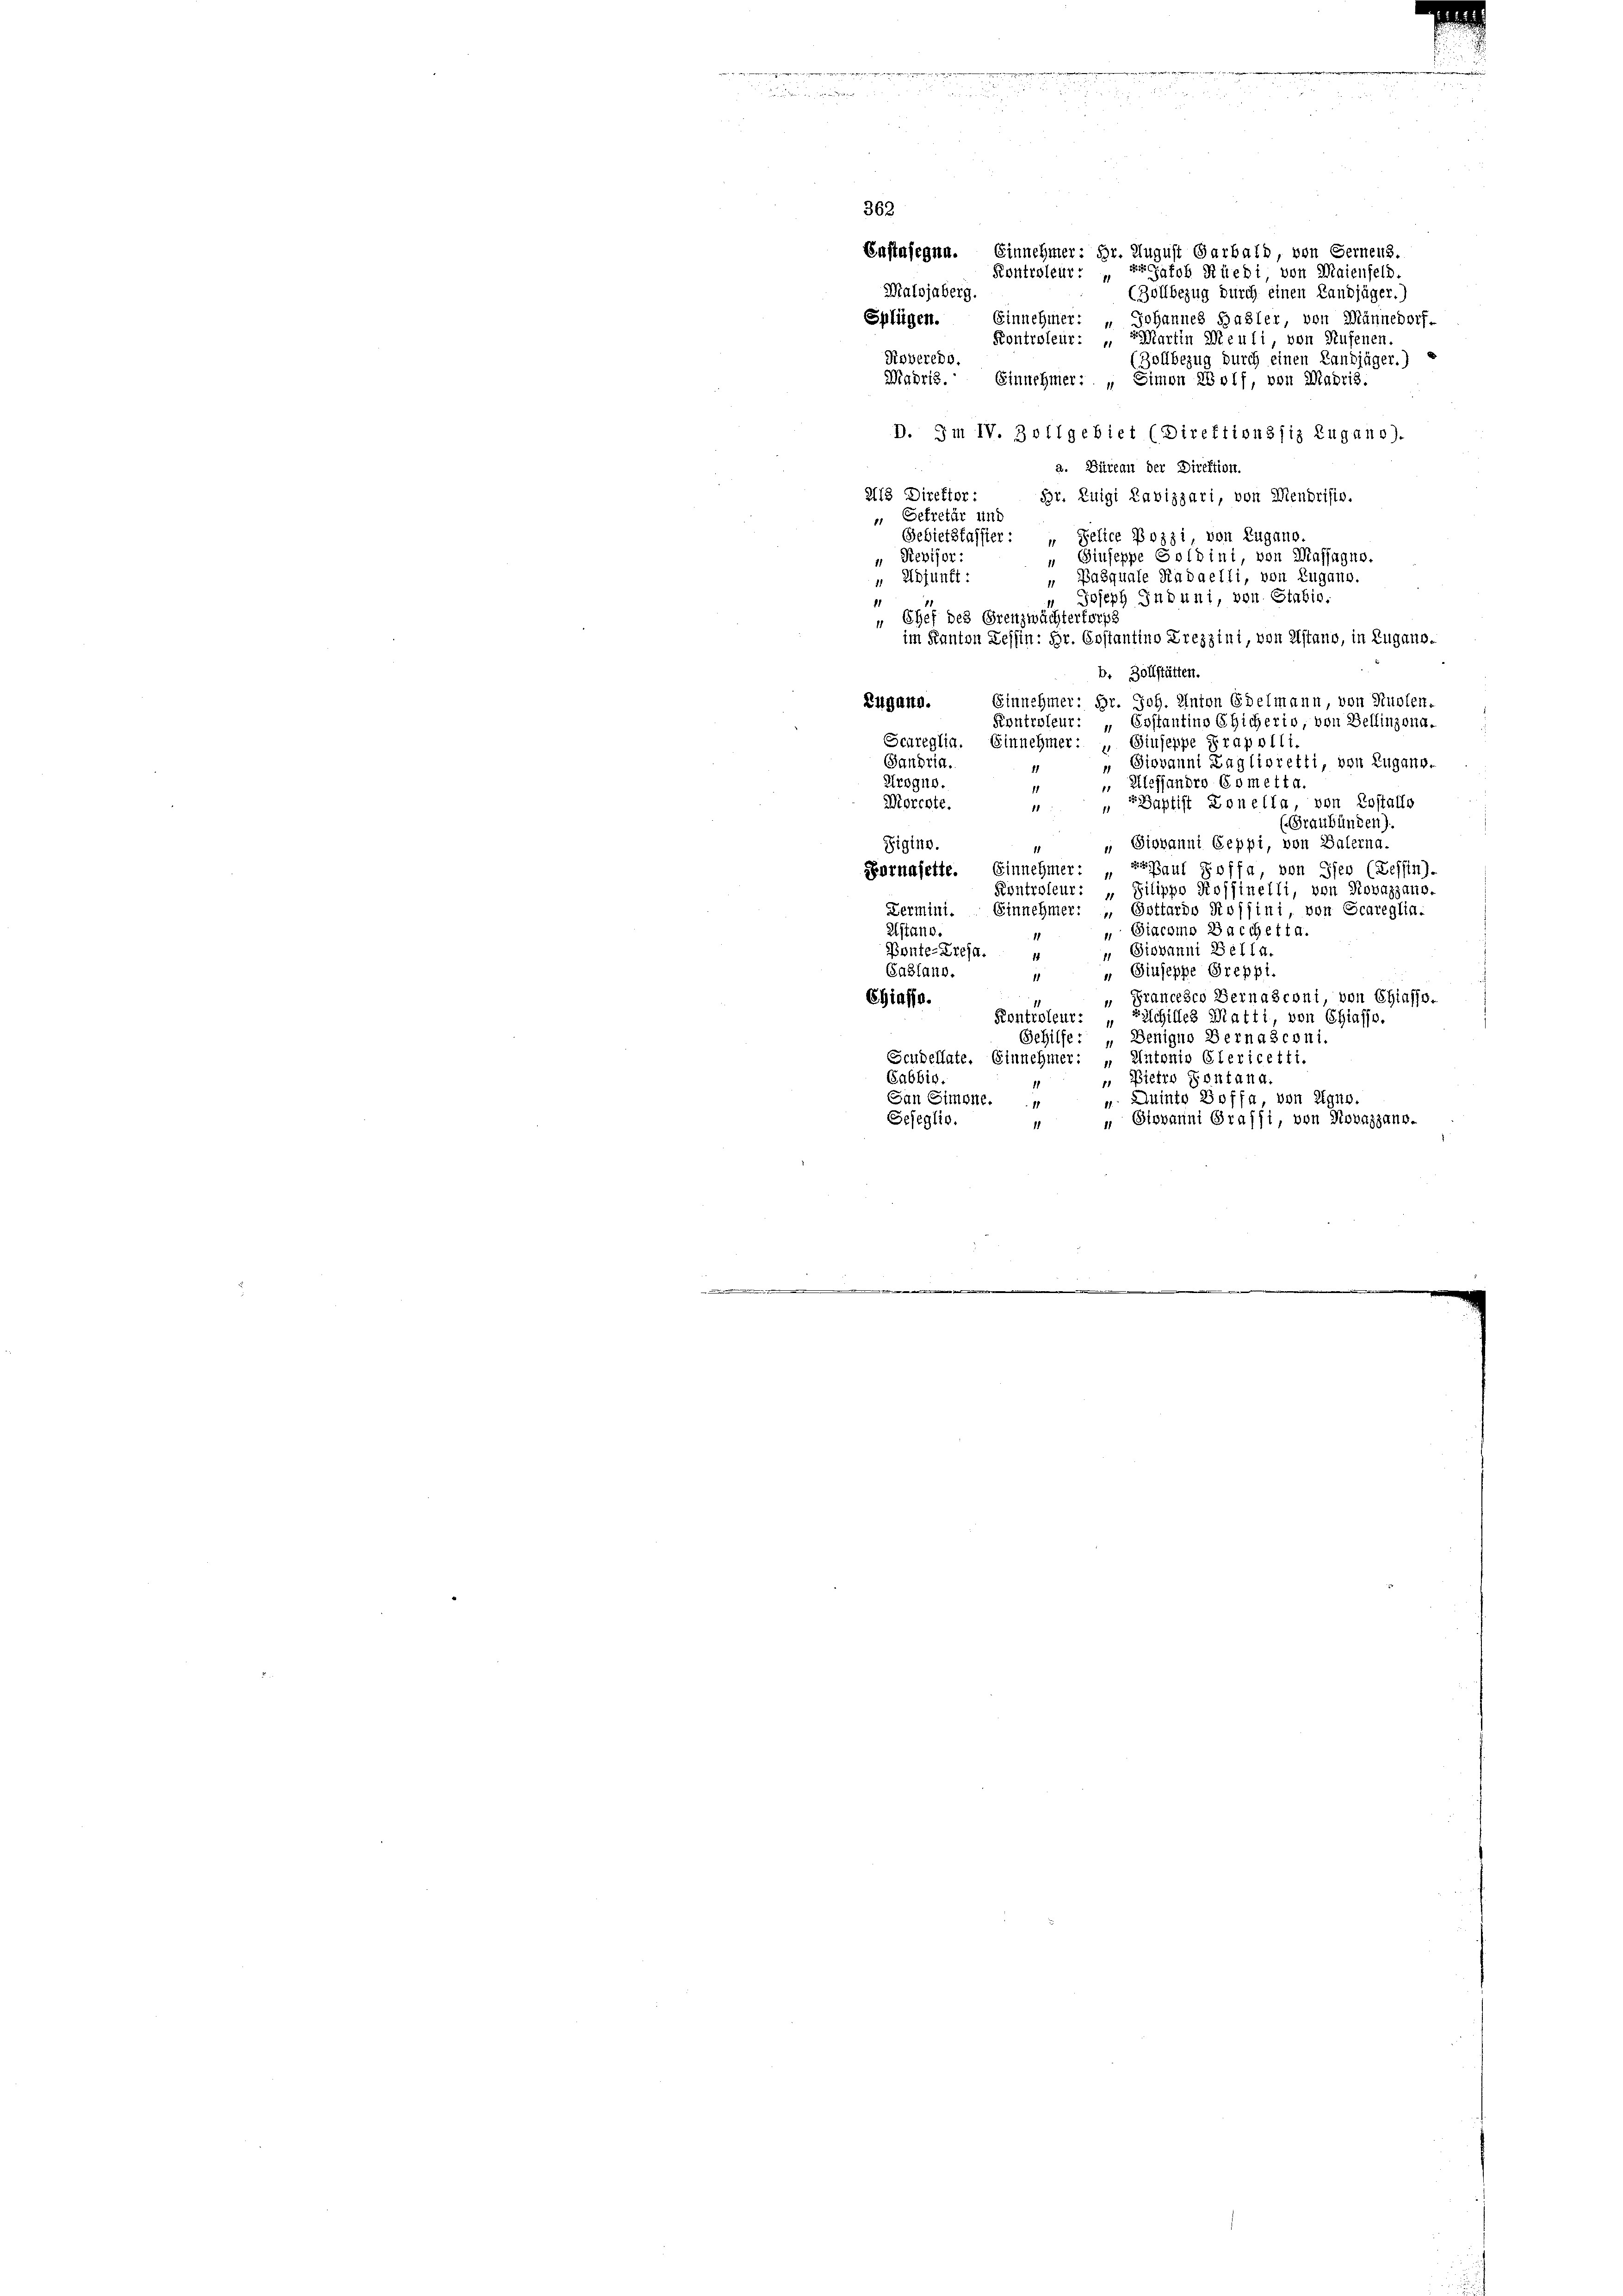
de

362.
Enstafegen. Einnehmer: Hr. August Garbald, von Fernenz.
Kontroleur. Er glob Rüedi von Maienfeld.
Malojaberg.
(Zollbezug durch einen Landjäger.)
Splügen. Einnehmer: „Johannes Basler, von Männedorf.
Martin Meuli, von Rufenen
Kontroleur: „
Roveredo.
(Zollbezug durch einen Landjäger.)
Madris. Einnehmer: „Simon Wolf, von Madris.
D. Im IV. Zollgebiet (Direktionssiz Zugano).
a. Büreau der Direktion.
413 Direktor :
Br. Zuigi Lavizzari, von Mendrisis.
 Getretär und
" Selice Pozzi, von Zugano.
Gebietskassier:
Giuseppe Goldini, von Massagne.
 Revisor:
1
" Pasquale Kadaelli, von Zugano.
 Adjunkt:
Joseph Induni, von Stabio:
1
„ Chef des Grenzwächterforps
im Kanton Zessin: Hr. Erstantino Krezzini, von Distand, in Zugano.
b. Zollstätten.
Einnehmer: Hr. Joh. Anton Edelmann, von Ruolen-
Eugano.
Kontroleur: „Erstantins Eicherio, von Bellinzona.
Scareglia. Einnehmer:
Giuseppe Drapelli
Sandria.
Giovanni Zaglioretti, von Zugang.
1
Krogno.
 Alessandro Es metta.
1
Baptist Zonella, von Erstallo
Morcote.
11
1
Graubünden).
 Giovanni Geppi, von Balerna.
Sigine.
Einnehmer: Braut Poffa, von Gier (Leffin).
ornajette.
Kontroleur: „Silippo Roffinelli, von Novazzaus.
Fermini. Einnehmer: „Gottardo Rossini von Scareglin.
elstand.
 Giacomo Bacchetia.
11
 Giovanni Bella.
Ponte-Ereja. 4
Gablano.
„ Giuseppe Greppi.
11
 Francesco Bernasconi, von Chiasso.
Chiasso.
Kontroleur. Erschides Matti, von Chiasso.
Gehilfe: „Denigno Bernasconi.
Scudellate. Einnehmer:
Autonio Clericetti.
Sabbis.
„ Pietro Pontana.
11
San Simone.
u. Quinte Soffa, von Egno.
Sejeglio.
 Giovanni Grafsi, von Novazzanr.
1